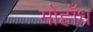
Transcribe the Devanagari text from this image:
मोहाँध